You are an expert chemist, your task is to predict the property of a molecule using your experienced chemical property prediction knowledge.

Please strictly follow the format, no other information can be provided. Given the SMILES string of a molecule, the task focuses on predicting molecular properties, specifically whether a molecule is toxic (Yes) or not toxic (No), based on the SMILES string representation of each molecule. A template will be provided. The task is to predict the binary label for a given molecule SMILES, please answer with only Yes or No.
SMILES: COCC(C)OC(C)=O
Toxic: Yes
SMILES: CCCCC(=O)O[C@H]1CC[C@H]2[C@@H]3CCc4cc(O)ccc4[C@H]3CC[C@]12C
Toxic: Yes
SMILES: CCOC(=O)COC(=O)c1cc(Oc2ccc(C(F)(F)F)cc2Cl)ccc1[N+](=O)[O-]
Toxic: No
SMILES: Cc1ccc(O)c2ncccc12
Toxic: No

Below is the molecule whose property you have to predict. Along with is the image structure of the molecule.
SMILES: N=C(N)NCCN1CCCCCCC1
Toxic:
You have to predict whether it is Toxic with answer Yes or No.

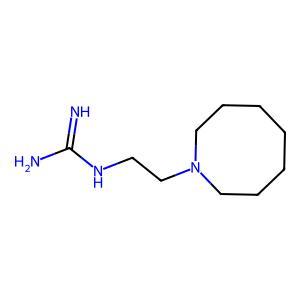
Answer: No